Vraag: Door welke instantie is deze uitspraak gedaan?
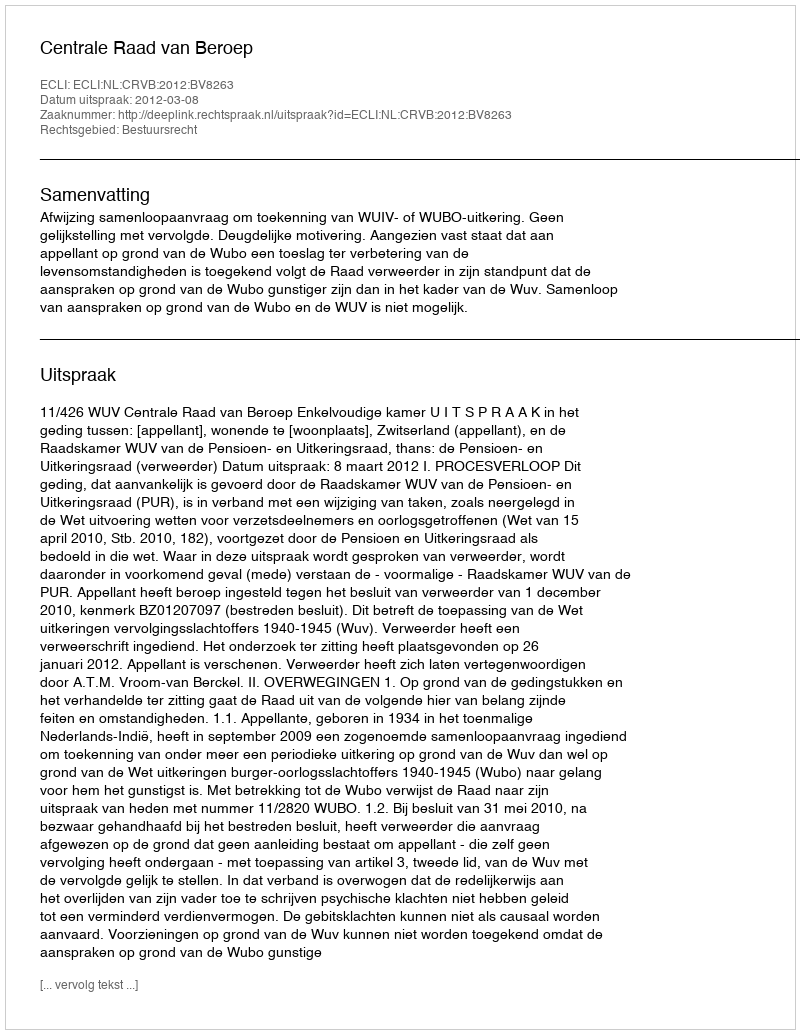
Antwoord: Centrale Raad van Beroep